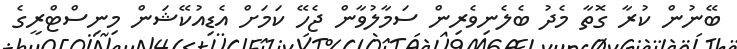
ބޭނުން ކުރާ ގޮތާ މެދު ބެލެނިވެރިން ސަމާލުވާން ޖެހޭ ކަމަށް އެޑިއުކޭޝަން މިނިސްޓްރީގެ